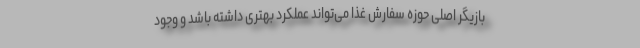
بازیگر اصلی حوزه سفارش غذا می‌تواند عملکرد بهتری داشته باشد و وجود